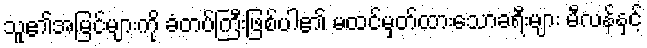
သူ၏အမြင်များကို ခံတပ်ကြီးဖြစ်ပါ၏ မထင်မှတ်ထားသောခရီးများ မီလန်နှင့်